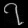
Digit: ၇